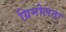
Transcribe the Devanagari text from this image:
ग्रिमोलता